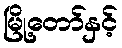
မြို့တော်နှင့်